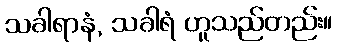
သခါရာနံ, သခါရံ ဟူသည်တည်း။